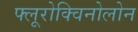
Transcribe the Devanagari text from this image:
फ्लूरोक्विनोलोन